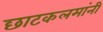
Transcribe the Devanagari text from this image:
छाटकलमांनी